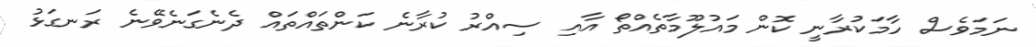
ނަމަވެސް ހާމަކުރާނީ ކޮން މައުލޫމާތެއްތޯ އާއި ސިއްރު ކުރާނެ ކަންތައްތައް ދެނެގަނެވޭނެ ރަނގަޅު